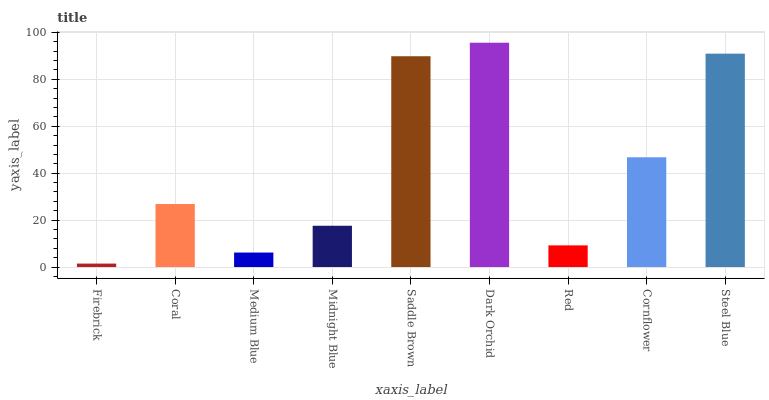
| xaxis_label | bars |
 | --- | --- |
 | Firebrick | 1.47 |
 | Coral | 26.9 |
 | Medium Blue | 6.18 |
 | Midnight Blue | 17.6 |
 | Saddle Brown | 89.9 |
 | Dark Orchid | 95.6 |
 | Red | 9.23 |
 | Cornflower | 46.8 |
 | Steel Blue | 91 |